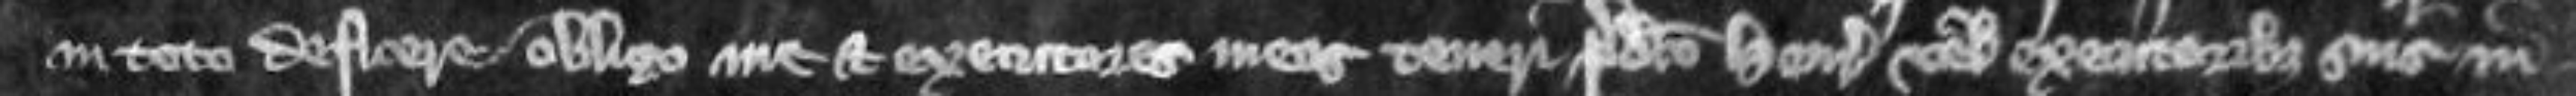
in toto deficere obligo me et executores meos teneri predicto Henrico vel executoribus suis in